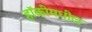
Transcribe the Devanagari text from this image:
हॉकीमधील